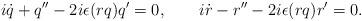
LaTeX: \begin{align*}i \dot q + q'' - 2i \epsilon (rq) q' = 0, \qquad i\dot r - r'' - 2i \epsilon(rq) r' = 0. \end{align*}